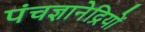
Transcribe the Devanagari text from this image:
पंचज्ञानेद्रियों